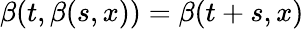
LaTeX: \beta(t,\beta(s,x))=\beta(t+s,x)